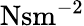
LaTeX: \mathrm{Nsm^{-2}}